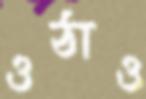
ওঠাও